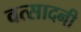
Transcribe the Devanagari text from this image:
वत्सादनी